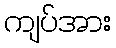
ကျပ်အား